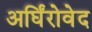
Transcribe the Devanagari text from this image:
अर्घिंरोवेद